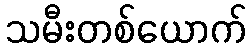
သမီးတစ်ယောက်